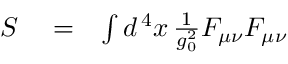
\begin{array} { r l r } { S } & { { } = } & { \int d ^ { \, 4 } x \, { \frac { 1 } { g _ { 0 } ^ { 2 } } } F _ { \mu \nu } F _ { \mu \nu } } \end{array}